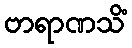
ဗာရာဏသိံ